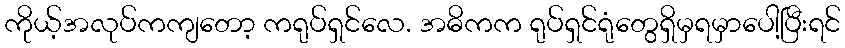
ကိုယ့်အလုပ်ကကျတော့ ကရုပ်ရှင်လေ. အဓိကက ရုပ်ရှင်ရုံတွေရှိမှရမှာပေါ့ပြီးရင်